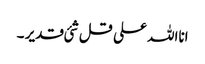
انااللہ علی قل شئی قدیر ۔